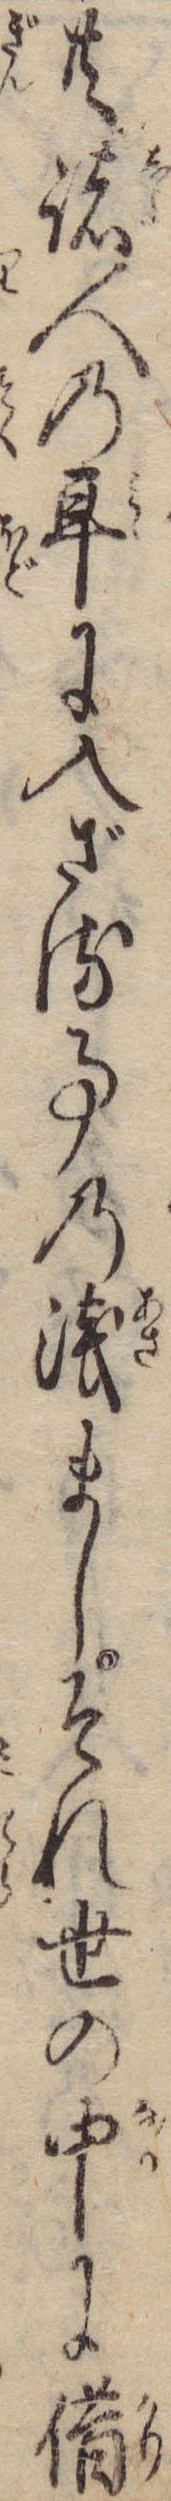
共諸人の耳に入ざる事の浅ましそれ世の中に借